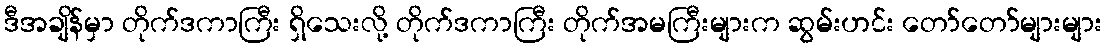
ဒီအချိန်မှာ တိုက်ဒကာကြီး ရှိသေးလို့ တိုက်ဒကာကြီး တိုက်အမကြီးများက ဆွမ်းဟင်း တော်တော်များများ